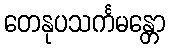
တေနုပသင်္ကမန္တော